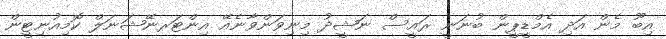
އިބޫ މެން އަދި އެމްޑީޕީން ބުނަނީ ރައީސް ނަޝީދު މިނިވަންވާނެއޭ އިންޓަރނޭޝަނަލް ކޮމިއުނިޓީން